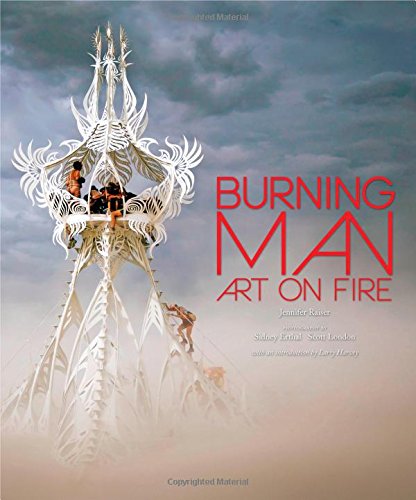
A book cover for Burning Man: Art on Fire; Jennifer Raiser; Humor & Entertainment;